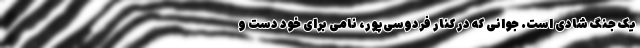
یک جُنگ شادی است. جوانی که در کنار فردوسی‌پور، نامی برای خود دست و